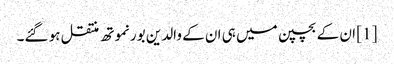
[1] ان کے بچپن میں ہی ان کے والدین بورنموتھ منتقل ہو گئے۔